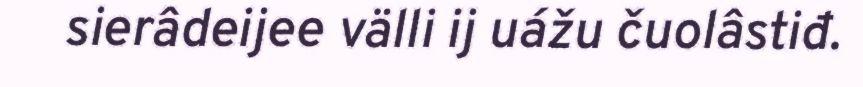
sierâdeijee välli ij uážu čuolâstiđ.